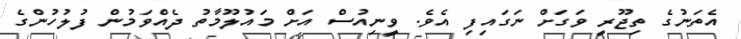
އެތަނުގެ ތިޖޫރީ ވަގަށް ނަގައިފި އެވެ. ވީނިއުސް އަށް މައުލޫމާތު ދެއްވަމުން ފުލުހުންގެ